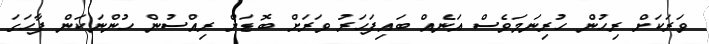
ވަރަކަށް ރިހުން ހުރިނަމަވެސް އަނެއް ބައިފަހަރު ވަރަށް ބޮޑަށް ރިއްސުން ހުންނަކަން ފާހަގަ